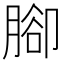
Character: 腳